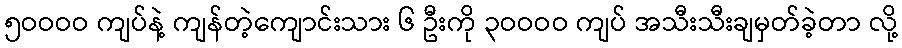
၅ဝဝဝဝ ကျပ်နဲ့ ကျန်တဲ့ကျောင်းသား ၆ ဦးကို ၃ဝဝဝဝ ကျပ် အသီးသီးချမှတ်ခဲ့တာ လို့